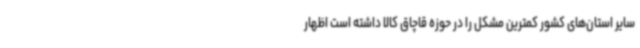
سایر استان‌های کشور کمترین مشکل را در حوزه قاچاق کالا داشته است اظهار